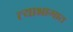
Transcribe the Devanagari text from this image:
त्याभागात